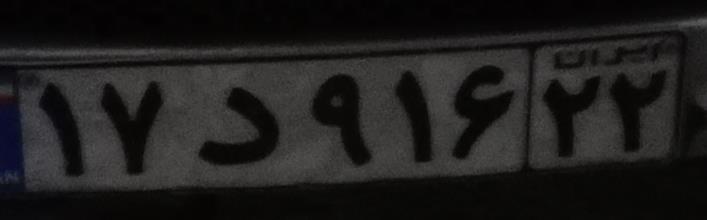
۱۷د۹۱۶۲۲